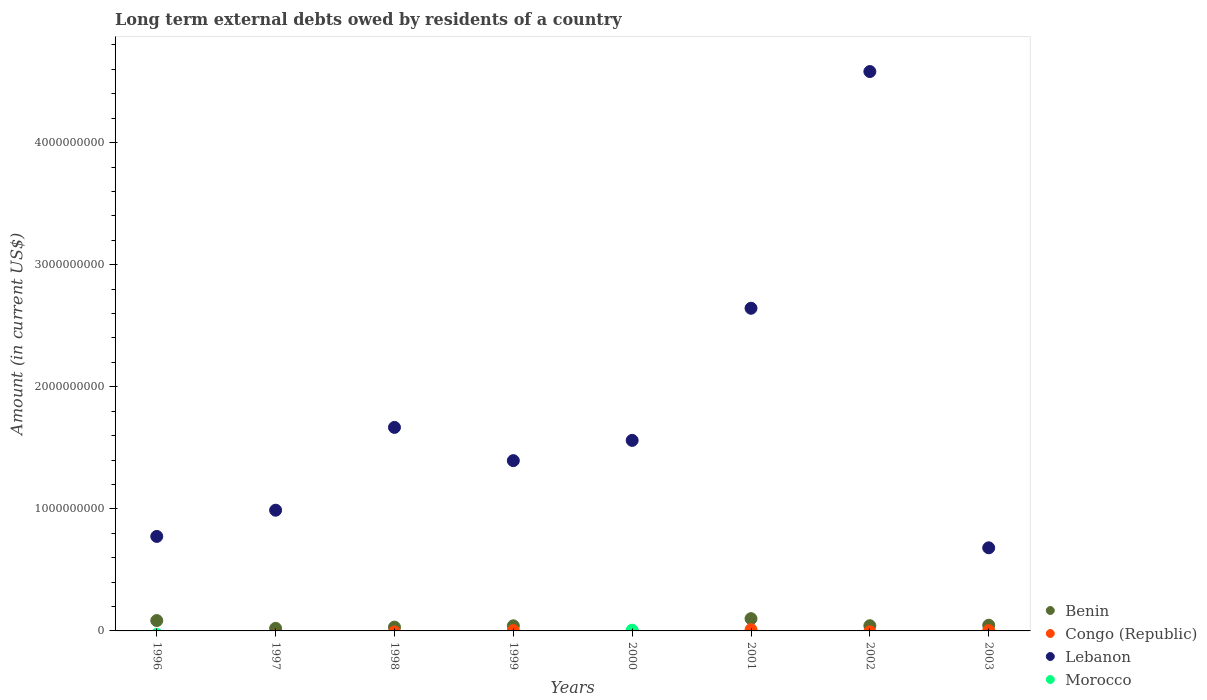
| Years | Benin | Congo (Republic) | Lebanon | Morocco |
 | --- | --- | --- | --- | --- |
 | 1996 | 8.48e+07 | -1.48e+08 | 7.74e+08 | -2.87e+07 |
 | 1997 | 2.1e+07 | -4.12e+07 | 9.89e+08 | -5.28e+08 |
 | 1998 | 3.11e+07 | -8.52e+06 | 1.67e+09 | -8.65e+07 |
 | 1999 | 4.18e+07 | 2.45e+06 | 1.39e+09 | -2.89e+08 |
 | 2000 | -4.24e+06 | -5.06e+06 | 1.56e+09 | 5.96e+06 |
 | 2001 | 1e+08 | 1.04e+07 | 2.64e+09 | -4.66e+08 |
 | 2002 | 4.26e+07 | -6.79e+06 | 4.58e+09 | -1.15e+09 |
 | 2003 | 4.66e+07 | 2.65e+06 | 6.81e+08 | -7.49e+08 |